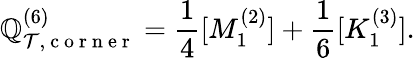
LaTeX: \mathbb{Q}_{\mathcal{{T}},\mathrm{{~c~o~r~n~e~r~}}}^{(6)}=\frac{{1}}{{4}}[M_{1}^{(2)}]+\frac{{1}}{{6}}[K_{1}^{(3)}].